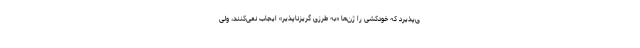
ی‌پذیرد که خودکشی را ژن‌ها «به طرزی گریزناپذیر» ایجاب نمی‌کنند، ولی